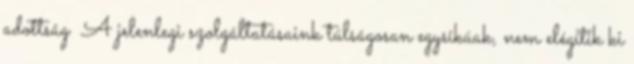
adottság ▪A jelenlegi szolgáltatásaink túlságosan egysíkúak, nem elégítik ki